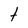
Character: t